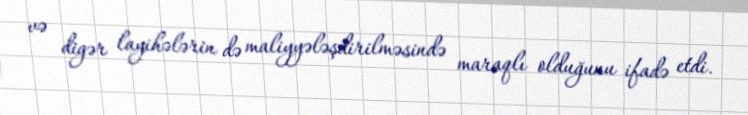
və digər layihələrin də maliyyələşdirilməsində maraqlı olduğunu ifadə etdi.